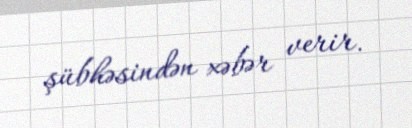
şübhəsindən xəbər verir.